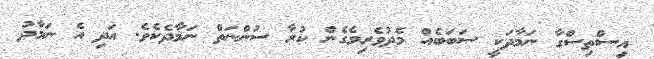
އިސްތިސްގާ ނަމާދަކީ ސަބަބެއް މެދުވެރިވެގެން ކުރާ ސުންނަތް ނަމާދެކެވެ. އަދި އެ ނަމާދު